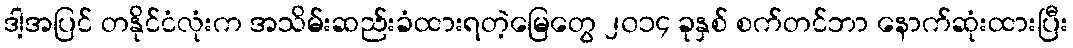
ဒါ့အပြင် တနိုင်ငံလုံးက အသိမ်းဆည်းခံထားရတဲ့မြေတွေ ၂၀၁၄ ခုနှစ် စက်တင်ဘာ နောက်ဆုံးထားပြီး